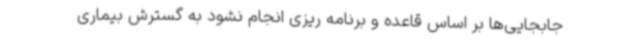
جابجایی‌ها بر اساس قاعده و برنامه ریزی انجام نشود به گسترش بیماری